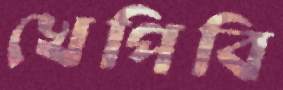
খেপিবি